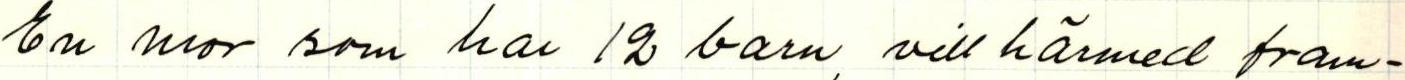
En mor som har 12 barn vill härmed fram-